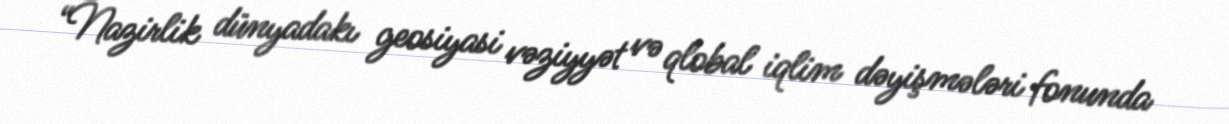
“Nazirlik dünyadakı geosiyasi vəziyyət və qlobal iqlim dəyişmələri fonunda